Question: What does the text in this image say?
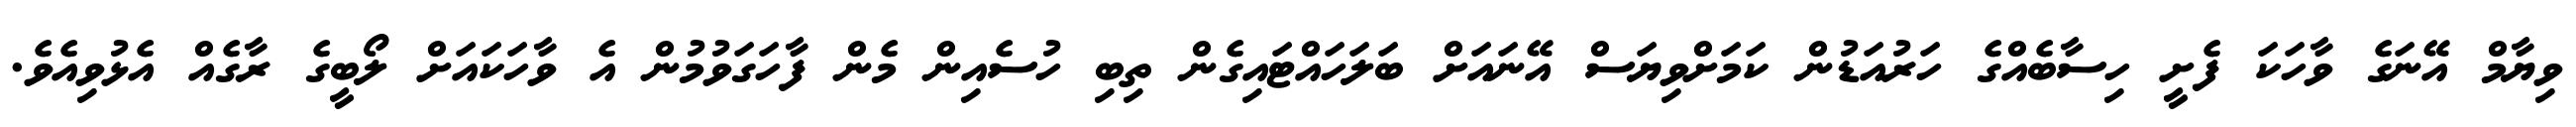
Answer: ވިޔާމް އޭނަގެ ވާހަކަ ފެށީ ހިސާބެއްގެ ހަރުއަޑުން ކަމަށްވިޔަސް އޭނައަށް ބަލަހައްޓައިގެން ތިބި ހުސެއިން މެން ފާހަގަވުމުން އެ ވާހަކައަށް ލޯބީގެ ރާގެއް އެޅުވިއެވެ.